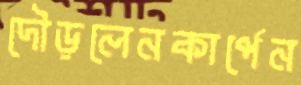
দৌড়লেনকার্পেন